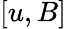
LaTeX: [u,B]